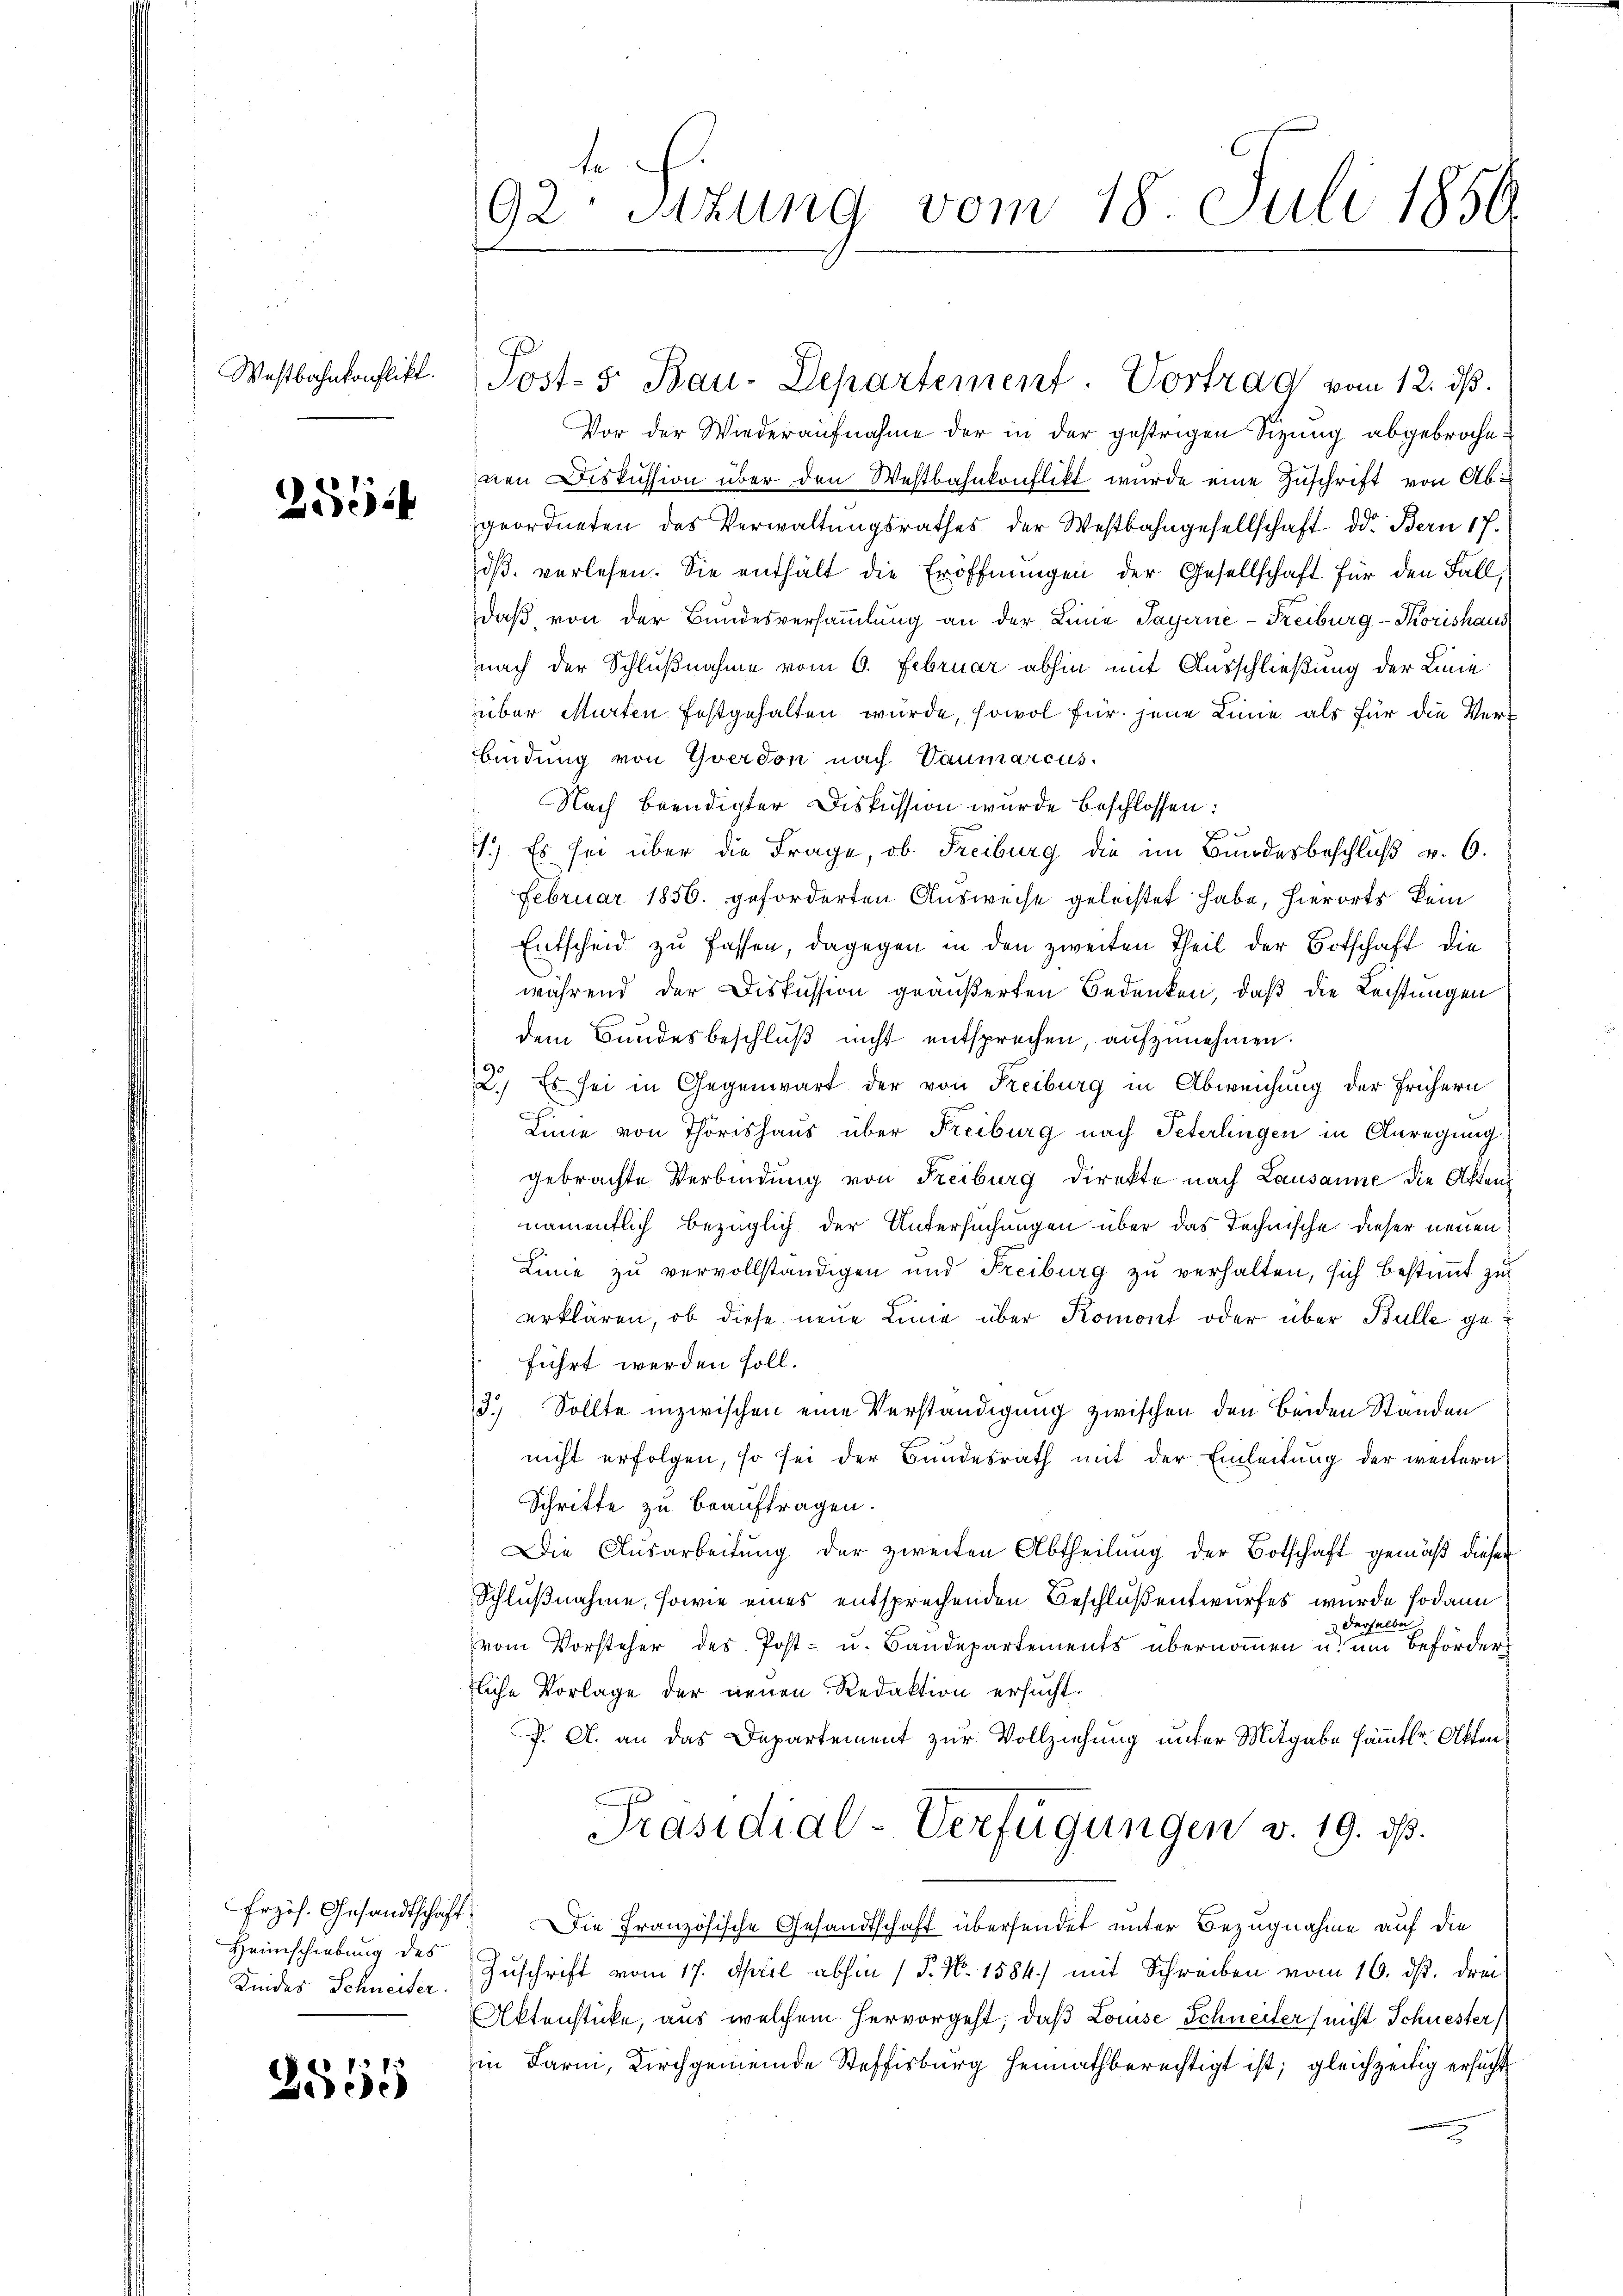
Westbahnkonflikt.

2554

Heimschiebung des
Kindes Schneiter.

2555

te
92 Sitzung vom 18. Juli 1850.

Vor der Wiederaufnahme der in der gestrigen Sizung abgebrochenen Diskussion über den Westbahnkonflikt wurde eine Zuschrift von Abgeordneten das Verwaltŭngsrathes der Westbahngesellschaft der Bern 17.
dβ verlesen. Sie enthält die Eröffnungen der Gesellschaft für den Fall,
daß von der Bundesversammlung an der Linie Payerne-Freiburg - Korishaus
nach der Schlußnahme vom 6. Februar abhin mit Ausschließung der Linie
über Murten festgehalten wurde, sowol für jene Linie als für die Verbindung von Yverdon nach Vaumarcus.
Nach Beendigter Diskussion wurde beschlossen:
f
1.) Es sei über die Frage, ob Freiburg die im Bundesbeschluß v. 6.
Februar 1856. geforderten Ausweise geleistet habe, hierorts kein
Entscheid zu fassen, dagegen in den zweiten Theil der Botschaft die
während der Diskussion geäußerten Bedenken, daß die Leistungen
dem Bundesbeschluß nicht entsprechen, aufzunehmen.
2.) Es sei in Gegenwart der von Freiburg in Abweichung der frühern
Linie von Thorishaus über Freiburg nach Peterlingen in Anregung
gebrachte Verbindung von Freiburg direkte nach Lausanne die Akten
namentlich bezüglich der Untersuchungen über das Technische dieser neuen
Linie zu vervollständigen und Freiburg zu verhalten, sich bestimmt zu
erklären, ob diese neue Linie über Komont oder über Bulle geführt werden soll.
3.) Sollte inzwischen eine Verständigung zwischen den beiden Standen
nicht erfolgen, so sei der Bundesrath mit der Einleitung der weitern
Schritte zu beauftragen.
Die Ausarbeitŭng der zweiten Abtheilŭng der Botschaft gemäß dieser
Schlußnahme, sowie eines entsprechenden Beschluß entwurfes wurde sodann
derselbe
vom Vorsteher des Post- u. Bandepartements übernommen u. um Beförder
liche Vorlage der neuen Redaktion ersucht.
J. A. an das Departement zur Vollziehung unter Mitgabe sämmtl. Akten¬
Präsidial-Verfügungen v. 19. ds.
Frzös. Gesandtschaft. Die Französische Gesandtschaft übersendet unter Bezugnahme auf die
Zuschrift vom 17. April abhin (P. Nr. 1584.) mit Schreiben vom 16. ds. drei
Aktenstücke, aus welchem hervorgeht, daß Louise Schneiter (nicht Schuester
in Farni, Kirchgemeinde Steffisburg heimathberechtigt ist; gleichzeitig ersucht

Post- 5. Bau-Departement. Vortrag vom 12. ds.